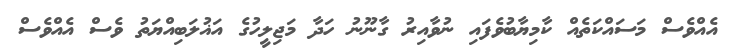
އެއްވެސް މަސައްކަތެއް ކާމިޔާބުވެފައި ނުވާއިރު ގާނޫނު ހަދާ މަޖިލީހުގެ އަޣުލަބިއްޔަތު ވެސް އެއްވެސް